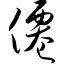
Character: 仙